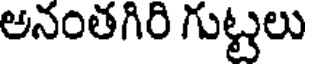
అనంతగిరి గుట్టలు